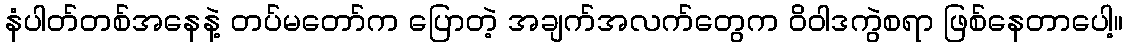
နံပါတ်တစ်အနေနဲ့ တပ်မတော်က ပြောတဲ့ အချက်အလက်တွေက ဝိဝါဒကွဲစရာ ဖြစ်နေတာပေါ့။